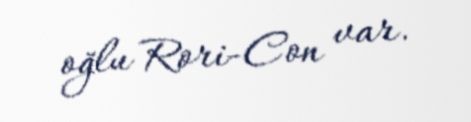
oğlu Rori-Con var.